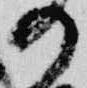
の